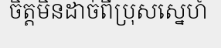
ចិត្តមិនដាច់ពីប្រុសស្នេហ៍